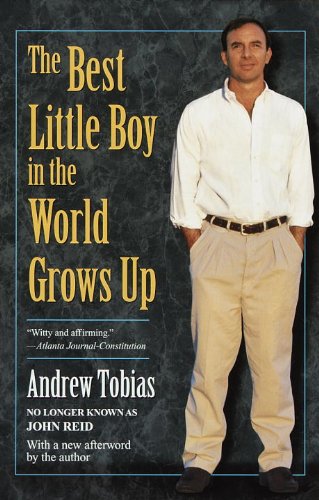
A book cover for The Best Little Boy in the World Grows Up; Andrew Tobias; Gay & Lesbian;